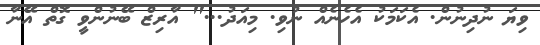
ވިޔަ ނުދިނުން. އެކަމަކު އެހެނެއް ނުވި. މިއަދު..." އާރިޒް ބޭނުންވީ ގޮތް އޭނާ